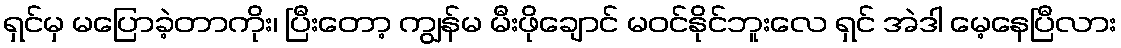
ရှင်မှ မပြောခဲ့တာကိုး၊ ပြီးတော့ ကျွန်မ မီးဖိုချောင် မဝင်နိုင်ဘူးလေ ရှင် အဲဒါ မေ့နေပြီလား